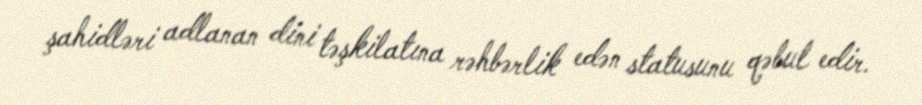
şahidləri adlanan dini təşkilatına rəhbərlik edən statusunu qəbul edir.